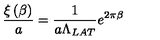
\frac { \xi \left( \beta \right) } { a } = \frac 1 { a \Lambda _ { L A T } } e ^ { 2 \pi \beta }